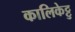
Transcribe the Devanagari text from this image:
कालिकेट्टु